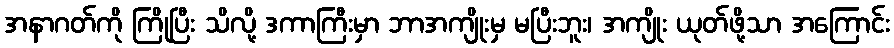
အနာဂတ်ကို ကြိုပြီး သိလို့ ဒကာကြီးမှာ ဘာအကျိုးမှ မပြီးဘူး၊ အကျိုး ယုတ်ဖို့သာ အကြောင်း